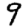
Digit: 9